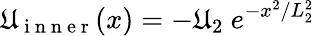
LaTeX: \mathfrak{U}_{\mathrm{{~i~n~n~e~r~}}}(x)=-\mathfrak{U}_{2}\ e^{-x^{2}/L_{2}^{2}}